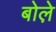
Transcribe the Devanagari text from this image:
बोले़